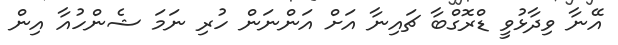
އޭނާ ވިދާޅުވީ ޑްރޮގްބާ ޗައިނާ އަށް އަންނަން ހުރި ނަމަ ޝެންހުއާ އިން